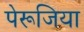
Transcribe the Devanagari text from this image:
पेरूजिया